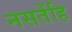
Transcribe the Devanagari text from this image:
नसतेंहि